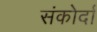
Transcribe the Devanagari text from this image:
संकोर्दा